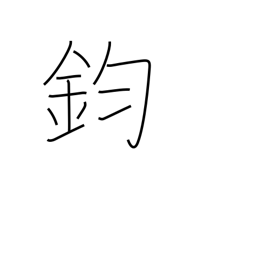
Meaning: equal